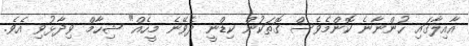
އާއިލާގައި ހުންނާނެ ކޮންމެވެސް ގޮތަކުން ކިޑްނީ ދެވޭނެ މީހެއް" ޝިހާމް ވިދާޅުވި އެވެ.